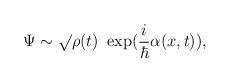
LaTeX: \begin{align*}\Psi \sim \surd \rho(t)~ \exp (\frac{i}{\hbar} \alpha(x,t)) ,\end{align*}